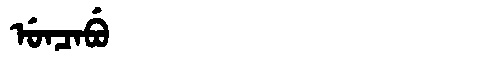
Manchu: ᡠᠨᠴᠠᠪᡠ
Romanization: UNCABU